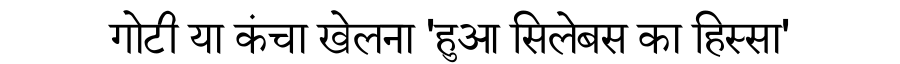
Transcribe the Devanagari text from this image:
गोटी या कंचा खेलना 'हुआ सिलेबस का हिस्सा'